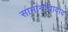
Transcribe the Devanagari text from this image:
सामान्यतावाद